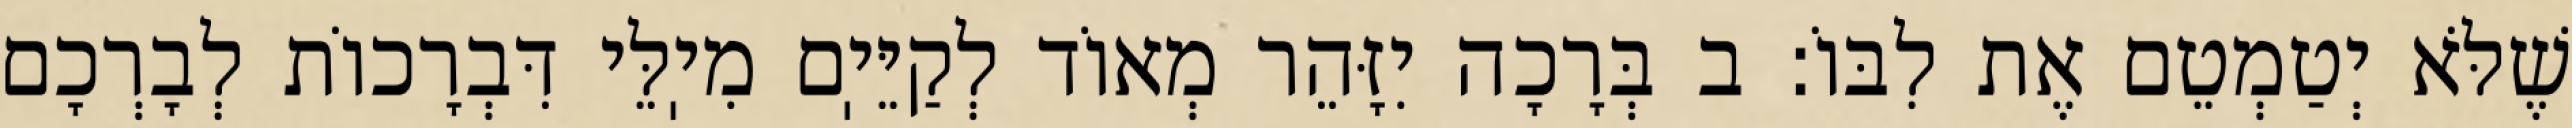
שֶׁלֹּא יְטַמְטֵם אֶת לִבּוֹ: ב בְּרָכָה יִזָּהֵר מְאוֹד לְקַיֵּיֽם מִיֽלֵּי דִּבְרָכוֹת לְבָרְכָם